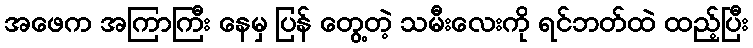
အဖေက အကြာကြီး နေမှ ပြန် တွေ့တဲ့ သမီးလေးကို ရင်ဘတ်ထဲ ထည့်ပြီး